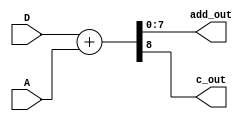
module adder(
    D,A,add_out,c_out
    );
    parameter m=8,n=8;
    input [m-1:0] D,A;
    output [m-1:0] add_out;
    output c_out;
    wire [m:0] add_result, data1, data2;
    assign data1 = {1'b0,D};
    assign data2 = {1'b0,A};
    assign add_result = data1+data2;
    assign add_out = add_result[m-1:0];
    assign c_out = add_result[m];
endmodule